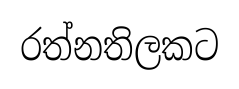
රත්නතිලකට